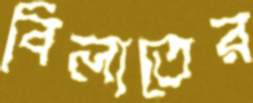
বিলাতের